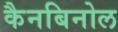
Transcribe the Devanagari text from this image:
कैनबिनोल